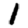
Digit: 1